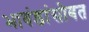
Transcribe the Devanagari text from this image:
भावंडांसोबत